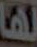
لها